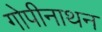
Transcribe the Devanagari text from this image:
गोपीनाथन